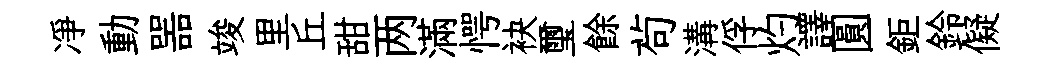
凈動噐竣里丘甜两滿愕袂璽餘茍溝俘灼譯圓鉅鈴儗